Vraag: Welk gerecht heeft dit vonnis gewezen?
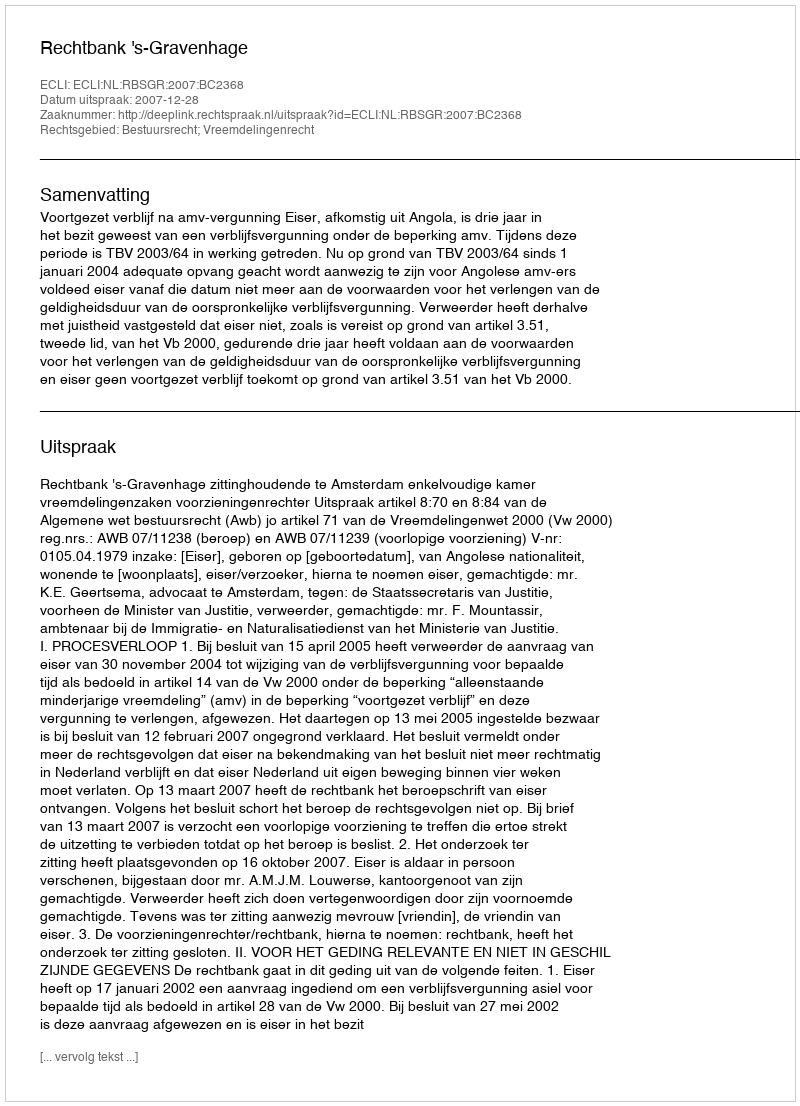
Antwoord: Rechtbank 's-Gravenhage